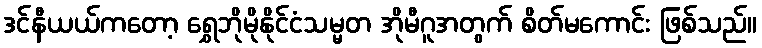
ဒင်နီယယ်ကတော့ ရွှေဘိုမိုနိုင်ငံသမ္မတ အိုမီဂူအတွက် စိတ်မကောင်း ဖြစ်သည်။